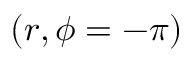
( r , \phi = - \pi )